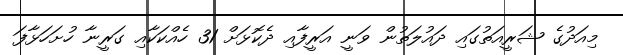
މިއަދުގެ ޝަރީއަތުގައި ދައުލަތުން ވަނީ އަރީފާއި ދެކޮޅަށް 31 ހެއްކަކާއި ގަރީނާ ހުށަހަޅާފަ